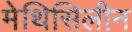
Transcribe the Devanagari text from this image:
मेथिसिलीन